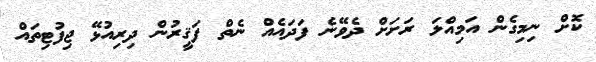
ކޮށް ނިމިގެން އަމިއްލަ ރަށަށް ދެވޭނެ ފަދައެއް ނެތް ފަޤީރުން ދިރިއުޅޭ ޖިފުޓިތައް